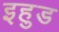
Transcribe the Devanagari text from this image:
इहुड